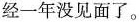
经一年没见面了。